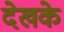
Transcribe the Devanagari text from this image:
देखके